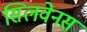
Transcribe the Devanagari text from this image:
सिलवेनस